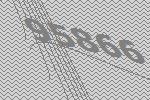
95866